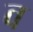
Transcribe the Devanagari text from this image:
व